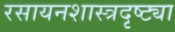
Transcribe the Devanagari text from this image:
रसायनशास्त्रदृष्ट्या